Trukikaitis_Postimees, lk 41
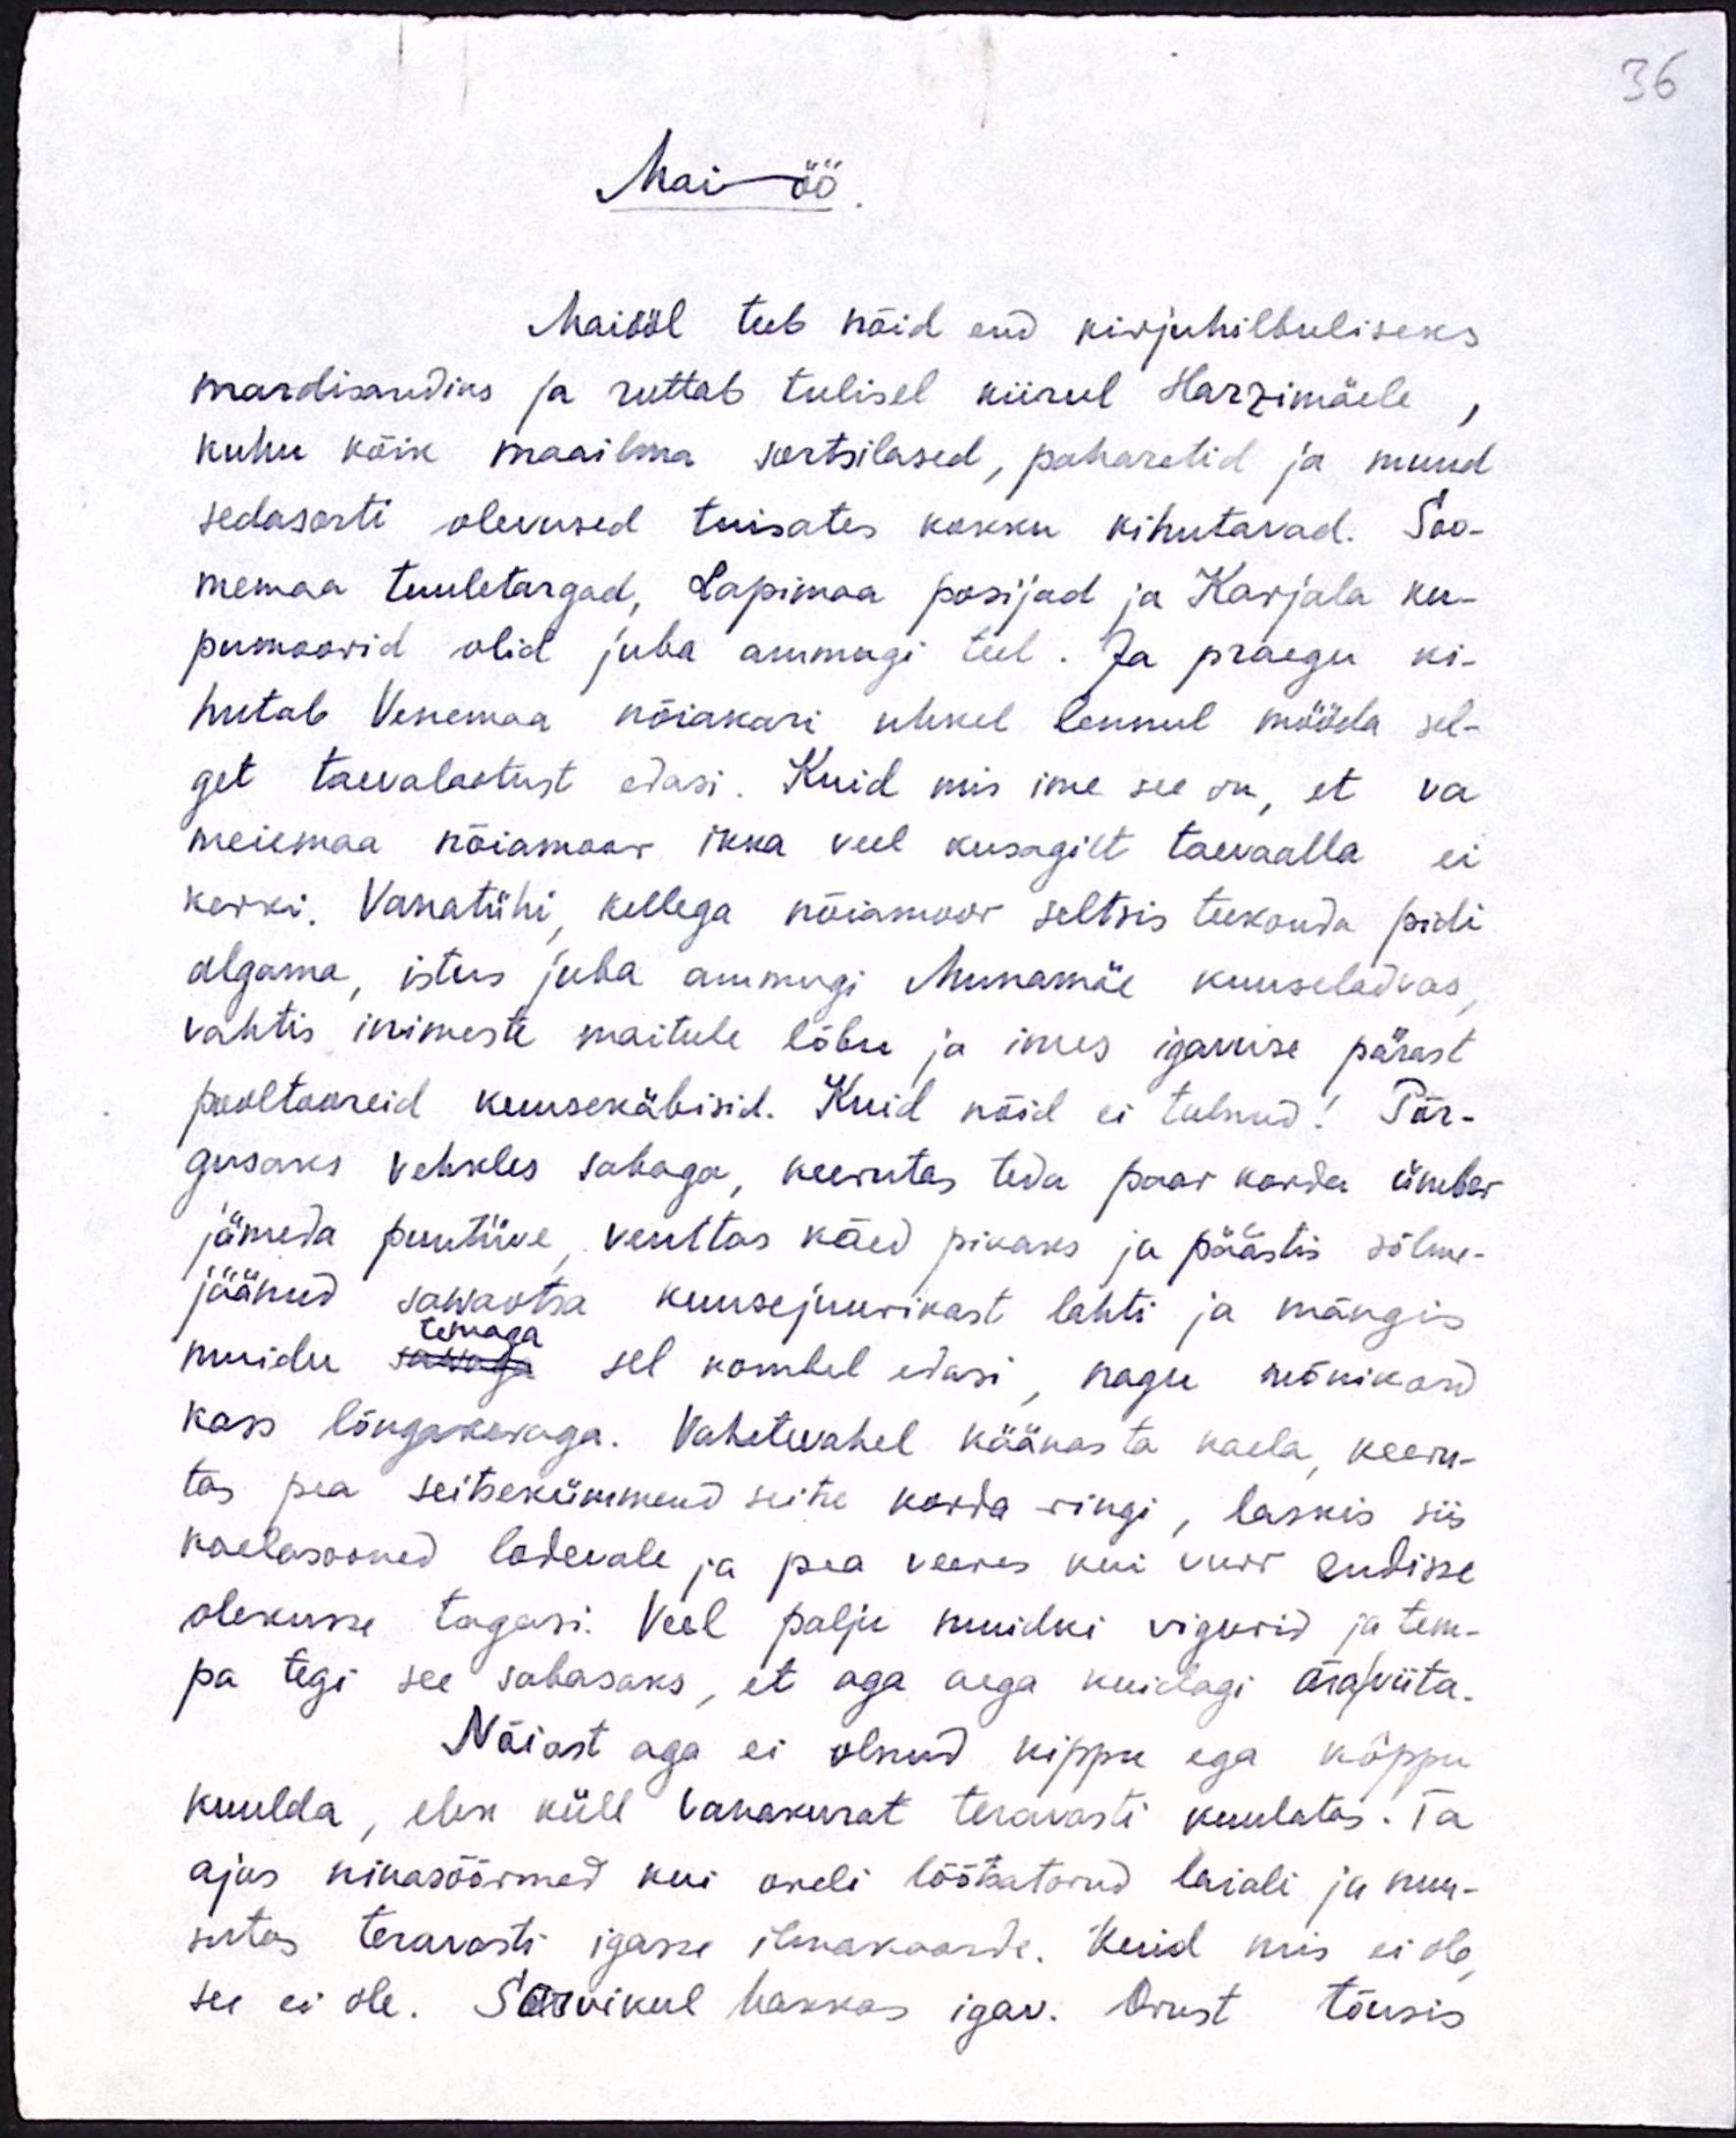
36

Maiöö

Maiööl teeb nõid end kirjuhilbuliseks
mardisandiks ja ruttab tulisel kiirul Harzimäele
kuhu kõik maailma sortsilased, paharetid ja muud
sedasorti olevused tuisates kokku kihutavad. Soo-
memaa tuuletargad, Lapimaa posijad ja Karjala ku-
pumoorid olid juba ammugi teel. Ja praegu ki-
hutab Venemaa nõiakari uhkel lennul mööda sel-
get taevalaotust edasi. Kuid mis ime see on, et va
meiemaa nõiamoor ikka veel kusagilt taevaalla ei
kerki. Vanatühi, kellega nõiamoor seltsis teekonda pidi
algama, istus juba ammugi Munamäe kuuseladvas,
vahtis inimeste maitule lõbu ja imes igavuse pärast
pooltooreid kuusekäbisid. Kuid nõid ei tulnud! Põr-
gusaks vehkles sabaga, keerutas teda paar korda ümber
jämeda puutüve, venitas käed pikaks ja päästis sõlme-
jäänud sawaotsa kuusejuurikast lahti ja mängis
temaga
muidu temaga sel kombel edasi, nagu mõnikord
kass lõngakeraga. Vahetevahel käänas ta kaela, keeru-
tas pea seitsekümmend seitse korda ringi, laskis siis
kaelasooned lodevale ja pea veeres kui vurri endisse
olekusse tagasi. Veel palju muidki vigurid ja tem-
pa tegi see sabasaks, et aga aega kuidagi ära viita.
Nõiast aga ei olnud kippu ega kõppu
kuulda, ehk küll vanakurat teravasti kuulatas. Ta
ajas nikasõõrmed kui oreli lõõtsatorud laiali ja nuu-
sutas teravasti igasse ilmakaarde. Kuid mis ei ole,
see ei ole. Sarvikul hakkas igav. Orust tõusis